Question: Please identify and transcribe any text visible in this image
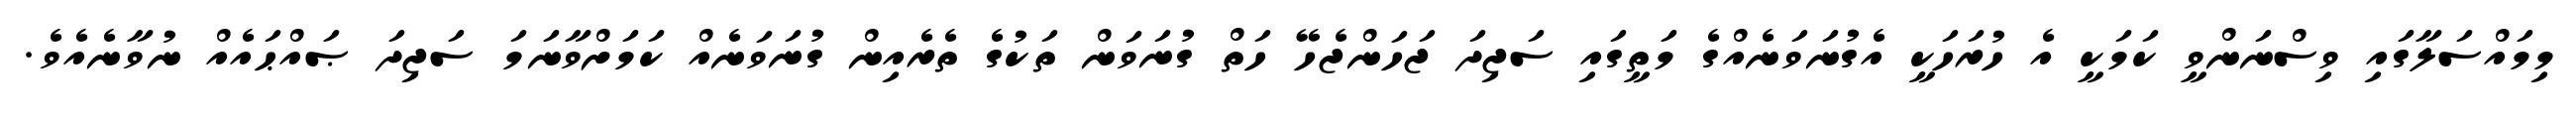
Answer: މިމައްސަލާގައި ވިސްނަންވީ ކަމަކީ އެ ހުރަހަކީ އެގުނަވަނެއްގެ މަތީގައި ސަޖިދަ ޖަހަންޖެހޭ ހަތް ގުނަވަން ތަކުގެ ތެރެއިން ގުނަވަނެއް ކަމަށްވާނަމަ ސަޖިދަ ޞައްޙައެއް ނުވާނެއެވެ.